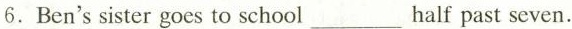
6.Ben's sister goes to school ___ half past seven.